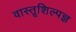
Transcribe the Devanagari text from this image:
वास्तूशिल्पज्ञ